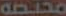
مختصة